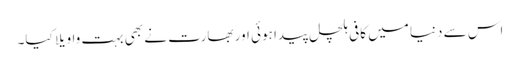
اس سے دنیا میں کافی ہلچل پیدا ہوئی اور بھارت نے بھی بہت واویلا کیا۔